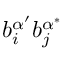
b _ { i } ^ { \alpha ^ { \prime } } b _ { j } ^ { \alpha ^ { * } }